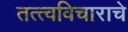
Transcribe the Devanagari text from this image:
तत्त्वविचाराचे